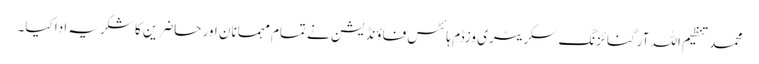
محمد تنظیم اللہ آرگنائزنگ سکریٹری وزڈم ہائٹس فاؤنڈیشن نے تمام مہمانان اور حاضرین کا شکریہ ادا کیا۔